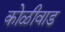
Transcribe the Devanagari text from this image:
कोळीवाड